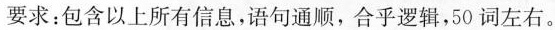
要求：包含以上所有信息，语句通顺，合乎逻辑，50 词左右。